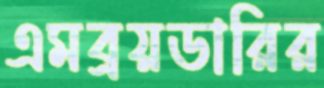
এমব্রয়ডারির